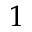
1